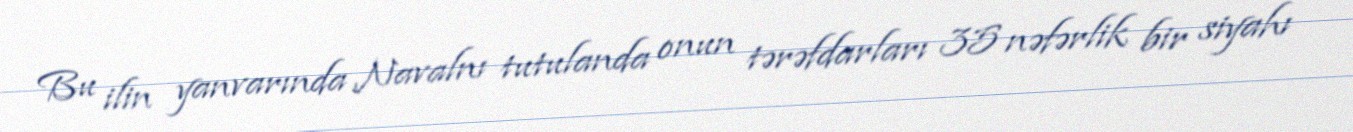
Bu ilin yanvarında Navalnı tutulanda onun tərəfdarları 35 nəfərlik bir siyahı